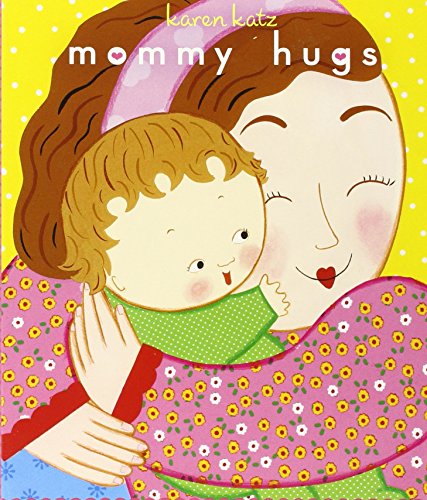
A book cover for Mommy Hugs (Classic Board Books); Karen Katz; Children's Books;